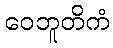
ဝေဘူတိကံ